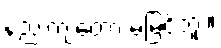
နည်းကျတော့ မမြင်ဘူး။